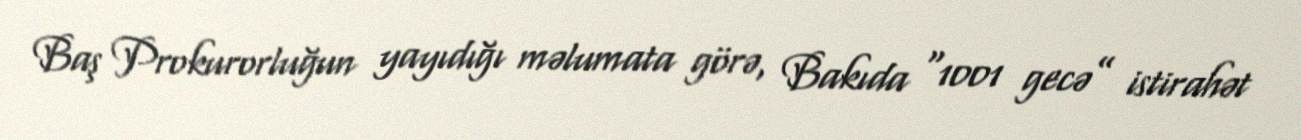
Baş Prokurorluğun yayıdığı məlumata görə, Bakıda “1001 gecə” istirahət